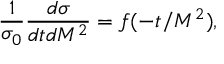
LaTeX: \frac { 1 } { \sigma _ { 0 } } \frac { d \sigma } { d t d M ^ { 2 } } = f ( - t / M ^ { 2 } ) ,